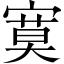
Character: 寞